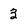
Character: 3